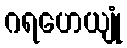
ဂရဟေယျုံ